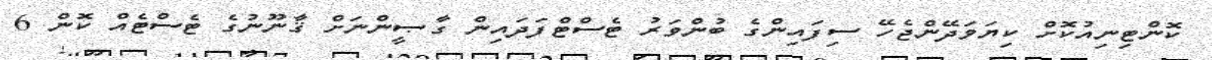
ކޮންޓިނިއުކޮށް ކިޔަވަދޭންޖެހޭ ސިފައިންގެ ބުންވަރު ޓެސްޓްފަދައިން ގާޞީންނަށް ޤާނޫނުގެ ޓެސްޓެއް ކޮން 6